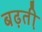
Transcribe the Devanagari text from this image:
बढ़ती़